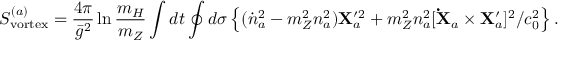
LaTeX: S _ { \mathrm { v o r t e x } } ^ { ( a ) } = { \frac { 4 \pi } { \bar { g } ^ { 2 } } } \ln { \frac { m _ { H } } { m _ { Z } } } \int d t \oint d \sigma \left\{ ( \dot { n } _ { a } ^ { 2 } - m _ { Z } ^ { 2 } n _ { a } ^ { 2 } ) { \bf X } _ { a } ^ { \prime 2 } + m _ { Z } ^ { 2 } n _ { a } ^ { 2 } [ { \bf \dot { X } } _ { a } \times { \bf X } _ { a } ^ { \prime } ] ^ { 2 } / c _ { 0 } ^ { 2 } \right\} .